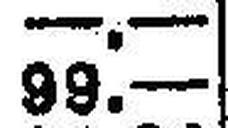
99.—